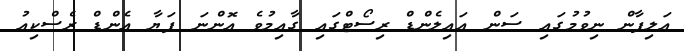
އަލިފާން ނިވުމުގައި ސަން އައިލެންޑް ރިސޯޓްގައި ގާއިމުވެ އޮންނަ ފަޔާ އެންޑް ރެސްކިއު